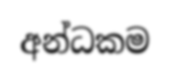
අන්ධකම